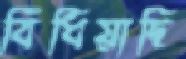
বিঁধিয়াছি